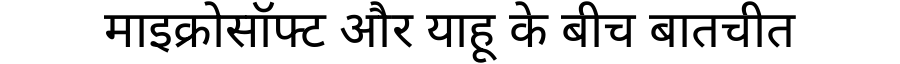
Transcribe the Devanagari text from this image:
माइक्रोसॉफ्ट और याहू के बीच बातचीत